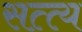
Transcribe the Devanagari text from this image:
सत्त्य